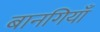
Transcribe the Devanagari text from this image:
बानगियाँ